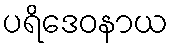
ပရိဒေဝနာယ